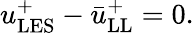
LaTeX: u_{\mathrm{LES}}^{+}-\bar{u}_{\mathrm{LL}}^{+}=0.